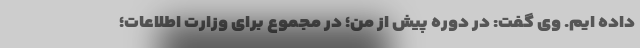
داده ایم. وی گفت: در دوره پیش از من؛ در مجموع برای وزارت اطلاعات؛